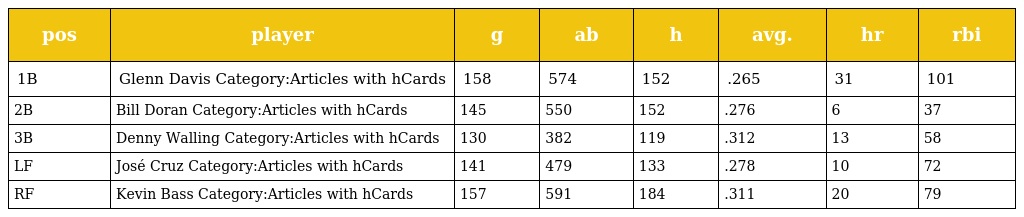
| pos | player | g | ab | h | avg. | hr | rbi |
 | --- | --- | --- | --- | --- | --- | --- | --- |
 | 1B | Glenn Davis Category:Articles with hCards | 158 | 574 | 152 | .265 | 31 | 101 |
 | 2B | Bill Doran Category:Articles with hCards | 145 | 550 | 152 | .276 | 6 | 37 |
 | 3B | Denny Walling Category:Articles with hCards | 130 | 382 | 119 | .312 | 13 | 58 |
 | LF | José Cruz Category:Articles with hCards | 141 | 479 | 133 | .278 | 10 | 72 |
 | RF | Kevin Bass Category:Articles with hCards | 157 | 591 | 184 | .311 | 20 | 79 |